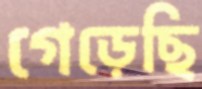
গেড়েছি